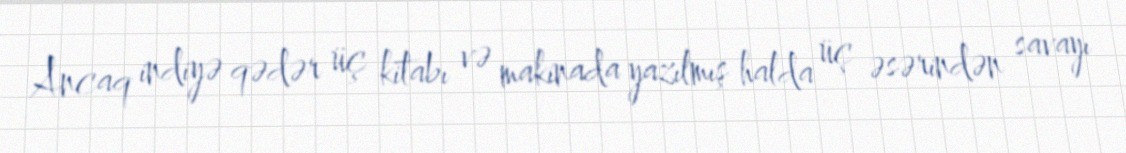
Ancaq indiyə qədər üç kitabı və makinada yazılmış halda üç əsərindən savayı